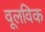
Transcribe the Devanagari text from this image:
वूलविक